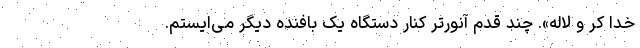
خدا کر و لاله». چند قدم آنورتر کنار دستگاه یک بافنده دیگر می‌ایستم.